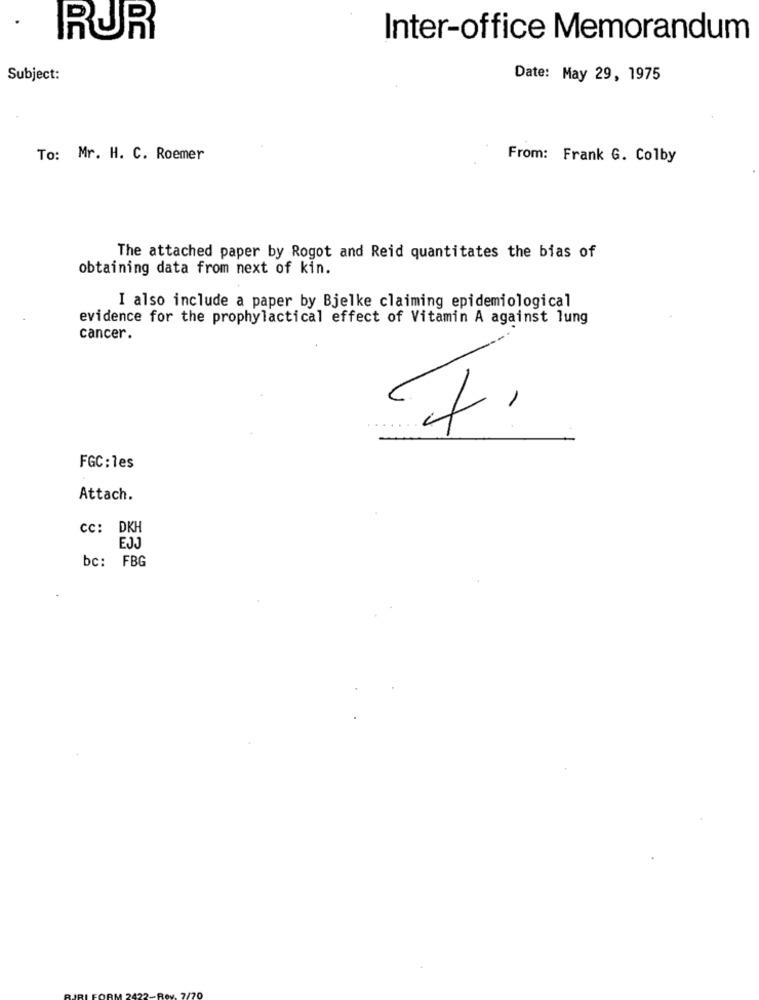
RUR
Inter-office Memorandum
Subject:
Date: May 29, 1975
To: Mr. H. C. Roemer
From: Frank G. Colby
The attached paper by Rogot and Reid quantitates the bias of
obtaining data from next of kin.
I also include a paper by Bjelke claiming epidemiological
evidence for the prophylactical effect of Vitamin A against lung
cancer.
FGC:les
Attach.
cc: DKH
EJJ
bc: FBG